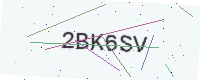
Text: 2BK6SV